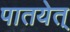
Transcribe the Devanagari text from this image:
पातयेत्